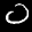
Label: 0